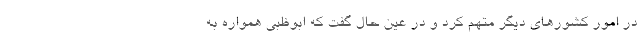
در امور کشورهای دیگر متهم کرد و در عین حال گفت که ابوظبی همواره به